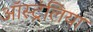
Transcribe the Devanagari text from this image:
ऑस्ट्रंलिया